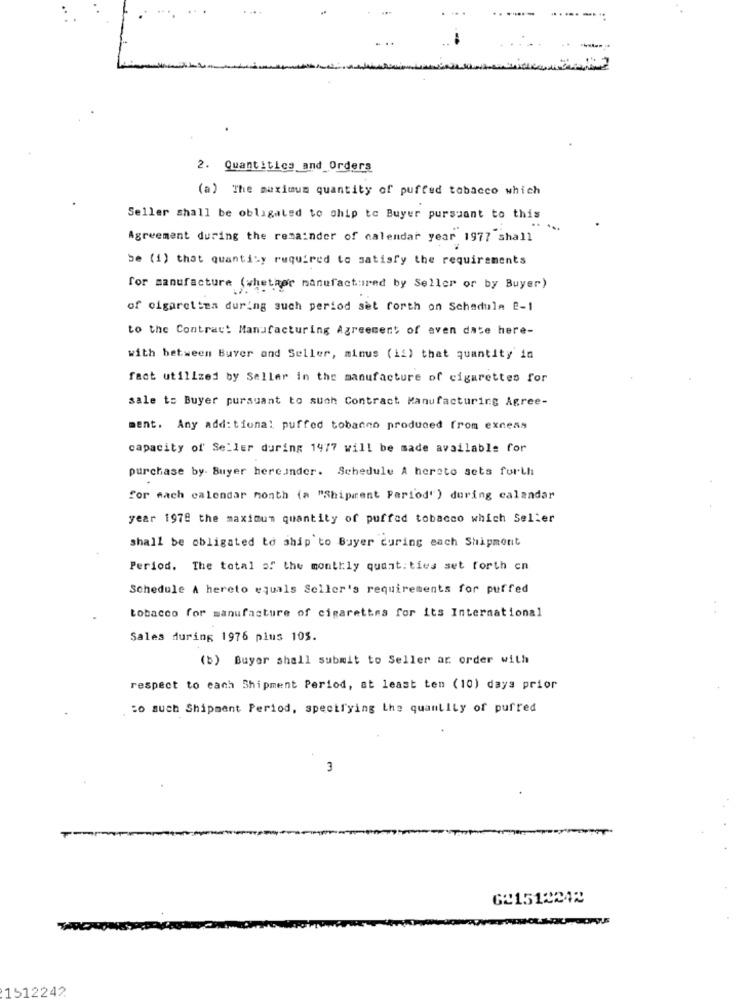
2. Quantities and_Orders
(a) The maximum quantity of puffed tobacco which
Seller shall be obligated to chip to Buyer pursuant to this
-. ..
Agreement during the remainder of calendar year 1977 shall
be (1) that quantity required to satisfy the requirements
for manufacture (whether manufactured by Seller or by Buyer)
of cigarettes during such period set forth on Schedule 2-1
to the Contract Manufacturing Agreement of even date here-
with between Buver and Seller, minus (ii) that quantity in
fact utilized by Seller in the manufacture of cigarettes for
sale to Buyer pursuant to such Contract Manufacturing Agree-
ment. Any additional puffed tobanno produced from excess
capacity of Seller during 1477 will be made available for
purchase by. Buyer hereunder. Schedule A hereto sets forth
for mach calendar month (a "Shipment Period') during calendar
year 1978 the maximum quantity of puffed tobacco which Seller
shall be obligated to ship to Buyer curing each Shipment
Period. The total of the monthly quantities set forth cn
Schedule A hereto equals Seller's requirements for puffed
. .
tobacco for manufacture of cigarettes for its International
Sales during 1976 plus 105.
(b) Buyer shall submit to Seller ar order with
respect to each Shipment Period, at least ten (10) days prior
:o such Shipment Period, specifying the quantity of purred
3
G21512242
1512242